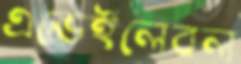
এভেইলেবল